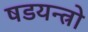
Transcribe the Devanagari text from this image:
षडयन्त्रो